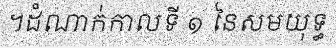
។ដំណាក់កាលទី ១ នៃសមយុទ្ធ